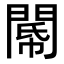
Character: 𨵂